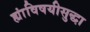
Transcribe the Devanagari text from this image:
ह्यांविषयीसुद्धा